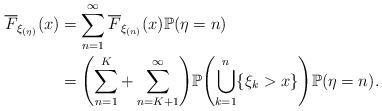
LaTeX: \begin{align*}\overline{F}_{\xi_{(\eta)}}(x)&=\sum\limits_{n=1}^{\infty}\overline {F}_{\xi_{(n)}}(x)\mathbb{P}(\eta=n)\\&= \Biggl(\sum\limits_{n=1}^{K}+\sum\limits_{n=K+1}^{\infty}\Biggr)\mathbb {P} \Biggl(\bigcup\limits_{k=1}^{n}\{\xi_k>x\} \Biggr)\mathbb{P}(\eta=n).\end{align*}